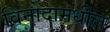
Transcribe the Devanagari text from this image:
विनोदामधील